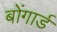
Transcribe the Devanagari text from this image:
बोंगार्ड